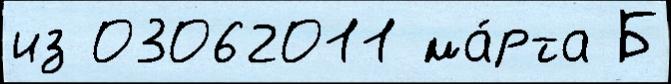
из 03062011 ма́рта Б